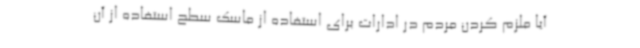
آیا ملزم کردن مردم در ادارات برای استفاده از ماسک سطح استفاده از آن